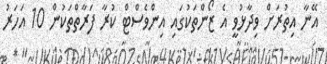
އޭނާ އިތުރަށް ވިދާޅުވީ އެ ޒޯންތަކުގައި އިންވެސްޓް ކުރާ ފަރާތްތަކުން 10 އަހަރު